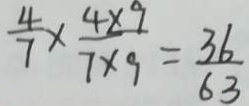
\frac { 4 } { 7 } \times \frac { 4 \times 9 } { 7 \times 9 } = \frac { 3 6 } { 6 3 }